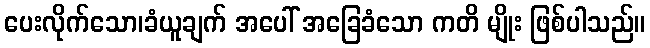
ပေးလိုက်သော၊ခံယူချက် အပေါ် အခြေခံသော ကတိ မျိုး ဖြစ်ပါသည်။